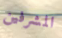
المشرفين